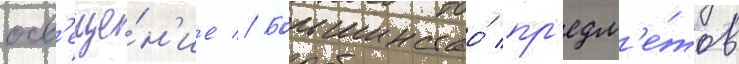
осв'еще́н'ие // Большинство́ пр'едм'е́тов